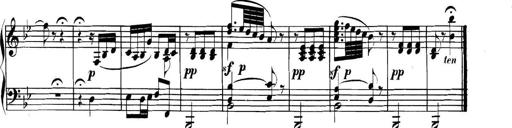
Title: Collected Piano Sonatas
Composer: Muzio Clementi